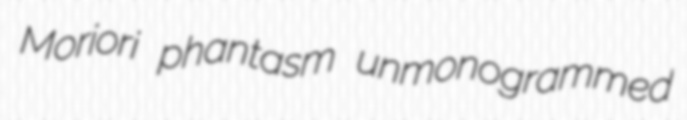
Moriori phantasm unmonogrammed